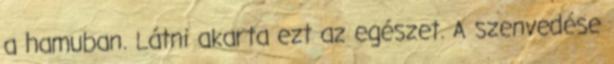
a hamuban. Látni akarta ezt az egészet. A szenvedése